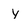
Character: Y